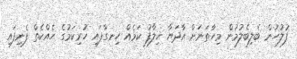
ފުލުހުން ބެލިބެލުމުން މިހާތަނަށް އާދަޔާ ޚިލާފު ކަމެއް ހިނގާފައި ހުރިކަމުގެ ހެއްކެތް ފެނިފައި